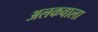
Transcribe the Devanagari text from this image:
अलकवाला